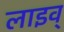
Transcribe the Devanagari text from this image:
लाइव्